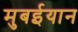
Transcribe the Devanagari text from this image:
मुबईयान